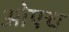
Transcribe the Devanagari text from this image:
ओएच